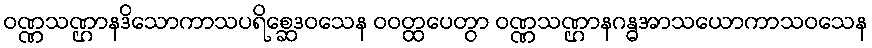
ဝဏ္ဏသဏ္ဌာနဒိသောကာသပရိစ္ဆေဒဝသေန ဝဝတ္ထပေတွာ ဝဏ္ဏသဏ္ဌာနဂန္ဓအာသယောကာသဝသေန